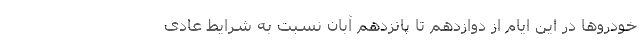
خودرو‌ها در این ایام از دوازدهم تا پانزدهم آبان نسبت به شرایط عادی